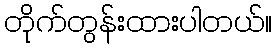
တိုက်တွန်းထားပါတယ်။